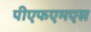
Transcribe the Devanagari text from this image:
पीएफएमएस